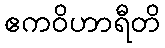
ဧကဝိဟာရီတိ